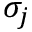
\sigma _ { j }